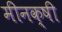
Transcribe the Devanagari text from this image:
मीनक्षी